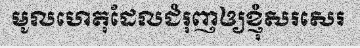
មូលហេតុដែលជំរុញឲ្យខ្ញុំសរសេរ